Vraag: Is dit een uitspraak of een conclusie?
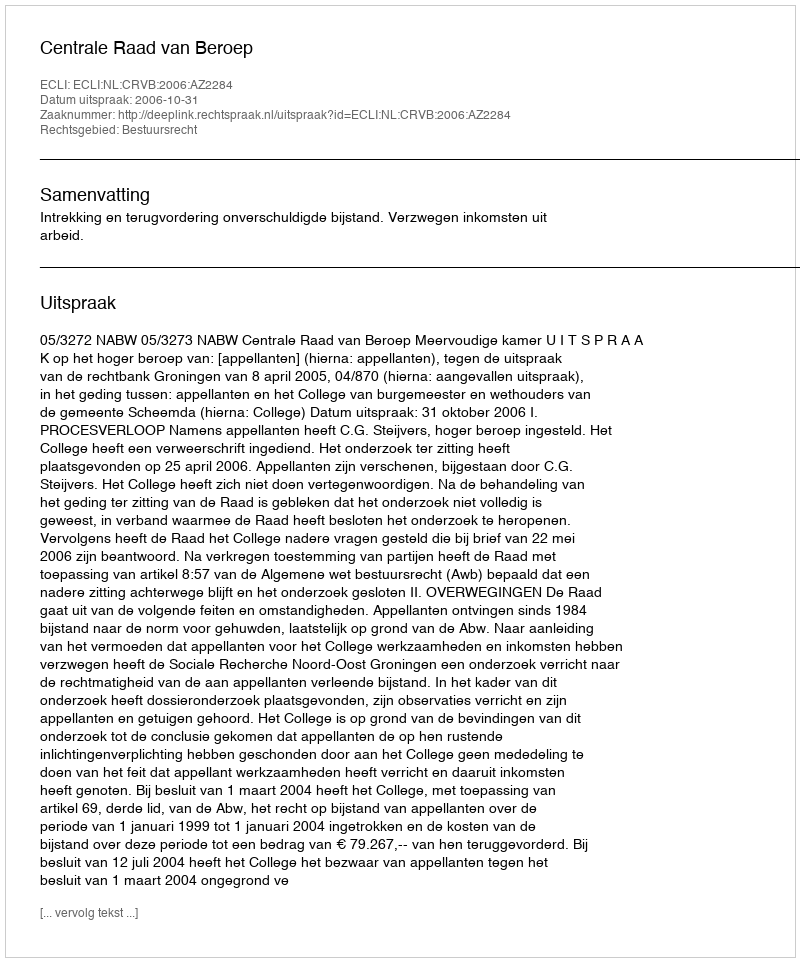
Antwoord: Uitspraak